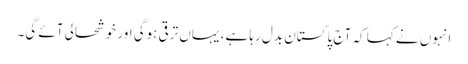
انہوں نے کہا کہ آج پاکستان بدل رہا ہے، یہاں ترقی ہوگی اور خوشحالی آئے گی۔